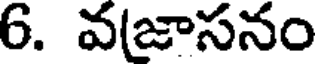
6. వ(జాసనం